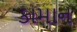
કામાન